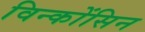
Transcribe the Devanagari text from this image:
विन्कोंसिन